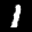
Label: 1